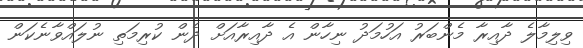
ވިލިމާލެ ދާއިރާ މެންބަރު އަހުމަދު ނިހާން އެ ދާއިރާއަށް ދެން ކުރިމަތި ނުލައްވާނެކަން